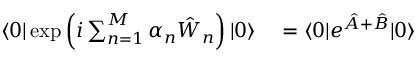
\begin{array} { r l } { \langle 0 | \exp \left( i \sum _ { n = 1 } ^ { M } \alpha _ { n } \hat { W } _ { n } \right) | 0 \rangle } & { { } = \langle 0 | e ^ { \hat { A } + \hat { B } } | 0 \rangle } \end{array}